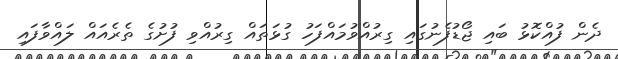
ދެން ފުއްކޮޅު ބައި ޖޯޑުފެނުގައި ގިރުއްވުމައްފަހު ގުޅަތައް ގިރުއްވި ފުށުގެ ތެރެއައް ލައްވާފައި